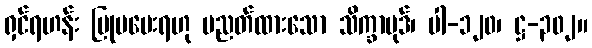
ရှင်ရဟန်း ပြုမပေးရဟု ပညတ်ထားသော သိက္ခာပုဒ်၊ ပါ-၁၂၀၊ ဋ္ဌ-၃၀၂။